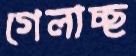
গেলাচ্ছ